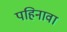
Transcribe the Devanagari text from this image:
पहिनावा